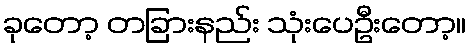
ခုတော့ တခြားနည်း သုံးပေဦးတော့။